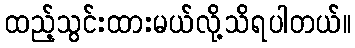
ထည့်သွင်းထားမယ်လို့သိရပါတယ်။